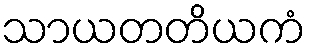
သာယတတိယကံ